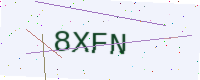
Text: 8XFN